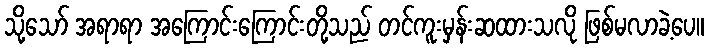
သို့သော် အရာရာ အကြောင်းကြောင်းတို့သည် တင်ကူးမှန်းဆထားသလို ဖြစ်မလာခဲ့ပေ။